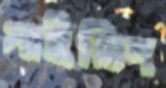
সাইয়্যিদ